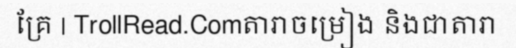
គ្រែ | TrollRead.Comតារាចម្រៀង និងជាតារា